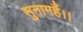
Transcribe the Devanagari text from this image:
सुनामहैं।।